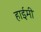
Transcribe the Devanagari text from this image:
हाईमी